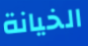
الخيانة